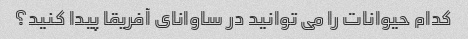
کدام حیوانات را می توانید در ساوانای آفریقا پیدا کنید؟